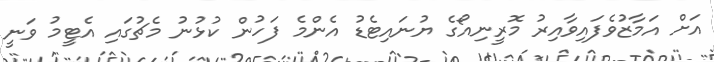
އަށް އަމާޒުވެފައިވާއިރު މޮރީނިއޯގެ ޔުނައިޓެޑު އެންމެ ފަހުން ކުޅުނު މެޗުގައި އެޓީމު ވަނީ